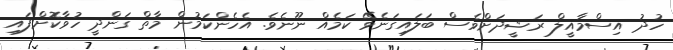
ހުދު އިސްމާއީލް ރަޝީދަށްވެސް ބަލައިގަނެވޭ ކަމެއް ނޫނެވެ. އެހެންކަމުން މާތް ގަންދީ ހުވާކޮށްފައި